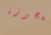
العجوزة